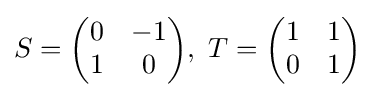
S={\begin{pmatrix}0&-1\\1&0\end{pmatrix}},{\text{ }}T={\begin{pmatrix}1&1\\0&1\end{pmatrix}}